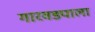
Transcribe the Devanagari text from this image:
गारवड्याला